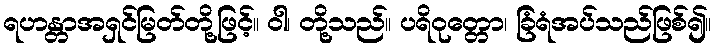
ရဟန္တာအရှင်မြတ်တို့ဖြင့်။ ဝါ၊ တို့သည်။ ပရိဝုတ္တော၊ ခြံရံအပ်သည်ဖြစ်၍။